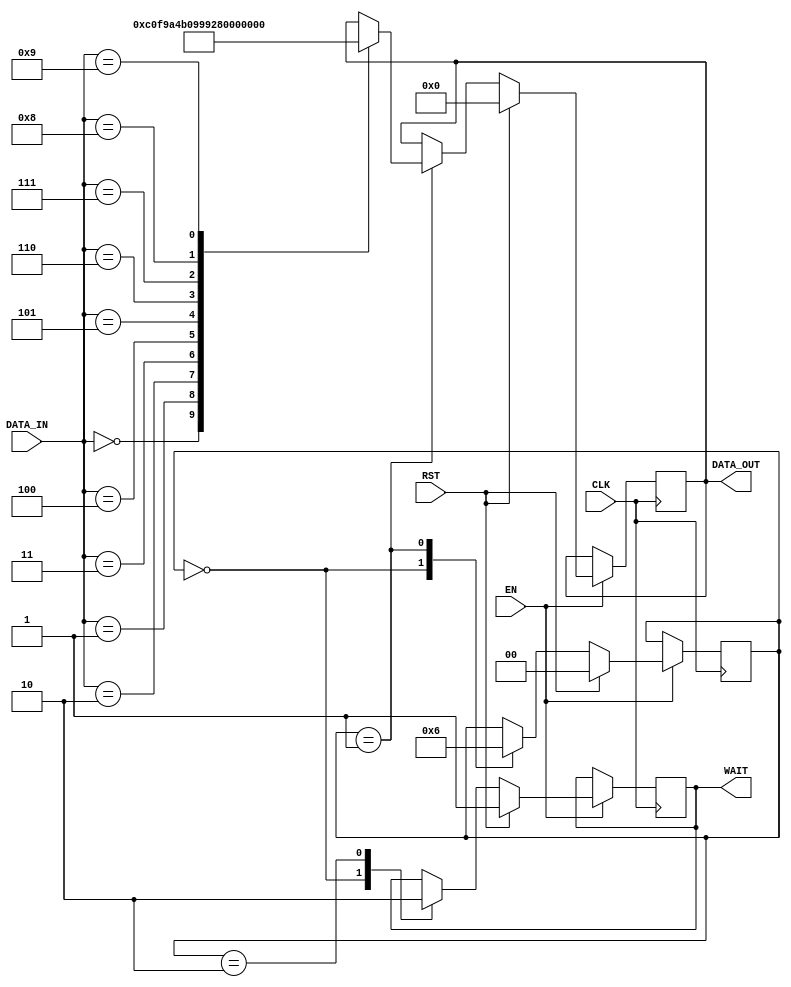
`timescale 1ns / 1ps
//////////////////////////////////////////////////////////////////////////////////
// Company: 
// Engineer: 
// 
// Design Name: 
// Module Name:    C7SEG 
// Project Name: 
// Target Devices: 
// Tool versions: 
// Description: 
//
// Dependencies: 
//
// Revision: 
// Revision 0.01 - File Created
// Additional Comments: 
//
//////////////////////////////////////////////////////////////////////////////////
module C7SEG(
	CLK,
	EN,
	RST,
	DATA_IN,
	DATA_OUT,
	WAIT
    );
	 
	 //Definio de IOs
	 input  CLK, EN, RST;
	 input [0:7] DATA_IN;	 
	 output WAIT;
	 output [0:7] DATA_OUT;
	 
	 //Definio de registradores
	 //reg [0:7]DATA_IN;
	 reg [0:7]DATA_OUT_REG;
	
	  assign DATA_OUT = DATA_OUT_REG;
	
	 reg WAIT_REG;
	 assign WAIT = WAIT_REG;
	 
	 //Definio para FSM
	 reg [1:0] STATE;
	 parameter S0=0, S1=1, S2=2;
	 
	//Processo de FSM 
	always @(posedge CLK)
	begin: FSM
	  if (EN == 1'b1)
	  begin
		 if ( RST == 1'b1)
		 begin
			  STATE <= S0;
			  DATA_OUT_REG <= 8'b00000000;
			  WAIT_REG <= 1'b1;
		 end else begin
		 
			 case (STATE)
				 S0:
					begin
						 WAIT_REG <= 1'b1;
						 STATE <= S1;
					 end
				 S1:
					 begin				 
							 case (DATA_IN)				 
									0:                             //abcdefg
									begin
										  DATA_OUT_REG <= ~8'b00111111;// 1111110;
									end	  

									1:
									begin
										  DATA_OUT_REG <= ~8'b00000110;// 0110000;
									end	  
										  
									2:
									begin
										  DATA_OUT_REG <= ~8'b01011011;// 1101101; //aqui
									end	  

									3:
									begin
										  DATA_OUT_REG <= ~8'b01001111;// 1111001;
									end	  

									4:
									begin
										  DATA_OUT_REG <= ~8'b01100110; //0110011;
									end	  

									5:
									begin
										  DATA_OUT_REG <= ~8'b01101101;//1011011;
									end	  

									6:
									begin
										  DATA_OUT_REG <= ~8'b01111101;//1011111;
									end	  

									7:
									begin
										  DATA_OUT_REG <= ~8'b00000111;//1110000;
									end	  
										  
									8:
									begin
										  DATA_OUT_REG <= ~8'b01111111;//1111111;
									end	  
										  
									9:
									begin
										  DATA_OUT_REG <= ~8'b01101111;//1111011;
									end	  
							endcase //Case DATA
							
							STATE <= S2;
						end //end estado S0
						
					S2:
						begin
							WAIT_REG <= 1'b0;
						end
						
				endcase //Case State
			end //end Reset
		 end //else begin
		//		WAIT_REG <= 1'b0;
		//		STATE <= S0;
		 //end
	  end //End Process/FSM
endmodule